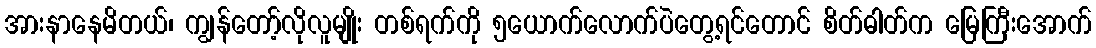
အားနာနေမိတယ်၊ ကျွန်တော့်လိုလူမျိုး တစ်ရက်ကို ၅ယောက်လောက်ပဲတွေ့ရင်တောင် စိတ်ဓါတ်က မြေကြီးအောက်